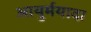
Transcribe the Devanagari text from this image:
आयुर्मयादा